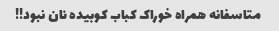
متاسفانه همراه خوراک کباب کوبیده نان نبود!!